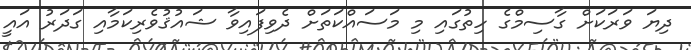
ދިޔަ ވަރަކަށް ގާސިމްގެ ހިތުގައި މި މަސައްކަތަށް ދެވިފައިވާ ޝައުޤުވެރިކަމާއި ގަދަރު އައީ